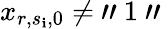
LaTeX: x_{r,s_{\mathbf{i}},0}\neq\mathrm{{~"~}}1\mathrm{{~"~}}